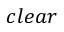
c l e a r